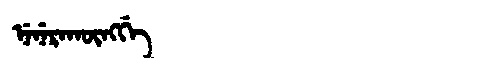
Manchu: ᠨᡝᠨᡝᡵᠠᡴᡡᠩᡤᡝ
Romanization: NENERAKŪNGGE